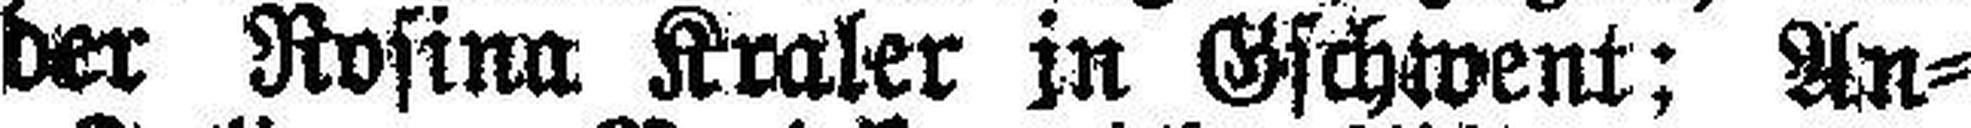
Liegenschaften der Rosina Kraler in Gschwent: An¬